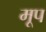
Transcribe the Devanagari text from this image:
मूप